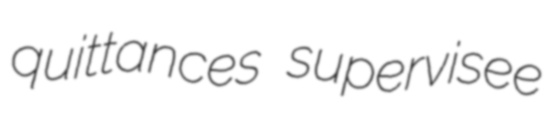
quittances supervisee